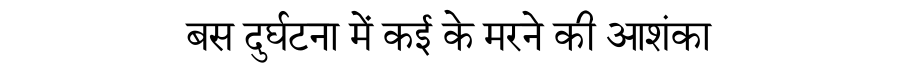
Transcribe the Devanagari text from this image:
बस दुर्घटना में कई के मरने की आशंका